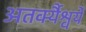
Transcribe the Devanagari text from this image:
अतर्क्यैश्वर्ये